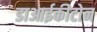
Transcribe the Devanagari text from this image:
डाआईकीटोन